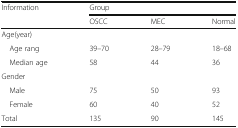
<table><thead><tr><td rowspan="2"><b>Information</b></td><td colspan="3"><b>Group</b></td></tr><tr><td><b>OSCC</b></td><td><b>MEC</b></td><td><b>Normal</b></td></tr></thead><tbody><tr><td colspan="4">Age(year)</td></tr><tr><td> Age rang</td><td>39–70</td><td>28–79</td><td>18–68</td></tr><tr><td> Median age</td><td>58</td><td>44</td><td>36</td></tr><tr><td colspan="4">Gender</td></tr><tr><td> Male</td><td>75</td><td>50</td><td>93</td></tr><tr><td> Female</td><td>60</td><td>40</td><td>52</td></tr><tr><td>Total</td><td>135</td><td>90</td><td>145</td></tr></tbody></table>